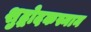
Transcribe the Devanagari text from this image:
शुद्धोदकस्नान